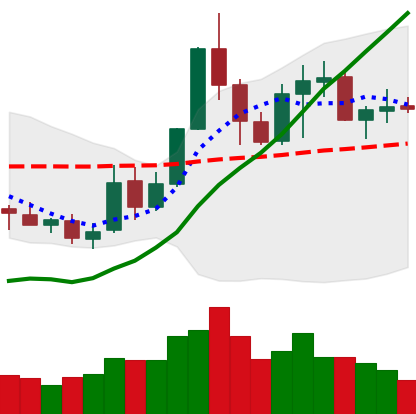
Ticker: NEO-USD
Chart end date: 2019-05-25
Forward return: 10.927%
Label: up_7plus